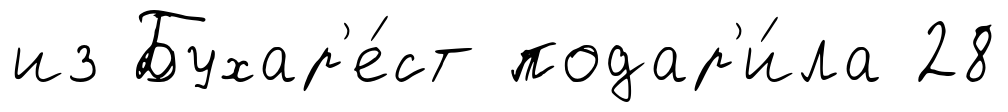
из Бухар'е́ст подар'и́ла 28